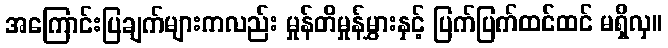
အကြောင်းပြချက်များကလည်း မှုန်တိမှုန်မွှားနှင့် ပြက်ပြက်ထင်ထင် မရှိလှ။